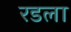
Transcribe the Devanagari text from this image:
रडला